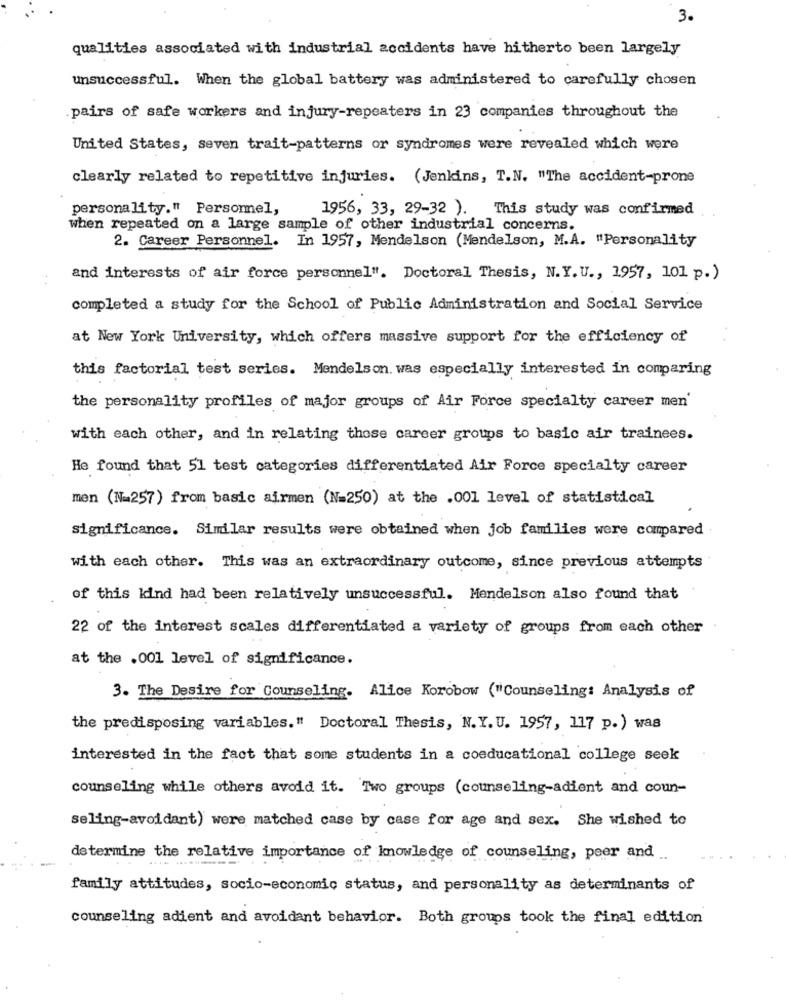
3.
qualities associated with industrial accidents have hitherto been largely
unsuccessful. When the global battery was administered to carefully chosen
pairs of safe workers and injury-repeaters in 23 companies throughout the
United States, seven trait-patterns or syndromes were revealed which were
clearly related to repetitive injuries. (Jenkins, T.N. "The accident-prone
personality." Personel,
1956, 33, 29-32 ).
This study was confirmed
when repeated on a large sample of other industrial concerns.
2. Career Personnel. In 1957, Mendelson (Mendelson, M.A. "Personality
and interests of air force personnel". Doctoral Thesis, N.Y. U ., 1957, 101 p.)
completed a study for the School of Public Administration and Social Service
at New York University, which offers massive support for the efficiency of
this factorial test series. Mendelson. was especially interested in comparing
the personality profiles of major groups of Air Force specialty career men'
with each other, and in relating those career groups to basic air trainees.
He found that 51 test categories differentiated Air Force specialty career
men (N=257) from basic airmen (N=250) at the .001 level of statistical
significance. Similar results were obtained when job families were compared
with each other. This was an extraordinary outcome, since previous attempts
of this kind had been relatively unsuccessful. Mendelson also found that
22 of the interest scales differentiated a variety of groups from each other
at the .001 level of significance.
3. The Desire for Counseling. Alice Korobow ("Counseling: Analysis of
the predisposing variables." Doctoral Thesis, N. Y.U. 1957, 117 p.) was
interested in the fact that some students in a coeducational college seek
counseling while others avoid it. Two groups (counseling-adient and coun-
seling-avoidant) were matched case by case for age and sex. She wished to
-
determine the relative importance of knowledge of counseling, peer and
family attitudes, socio-economic status, and personality as determinants of
counseling adient and avoidant behavior. Both groups took the final edition